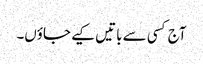
آج کسی سے باتیں کیے جاؤں۔